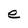
Character: e